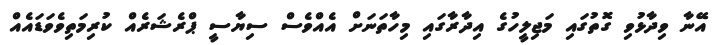
އޭނާ ވިދާޅުވި ގޮތުގައި މަޖިލީހުގެ އިދާރާގައި މިހާތަނަށް އެއްވެސް ސިޔާސީ ޕްރެޝަރެއް ކުރިމަތިވެވަޑައެއް